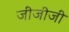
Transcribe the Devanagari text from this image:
जीजीजी